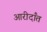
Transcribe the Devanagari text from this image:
आरीदाँत